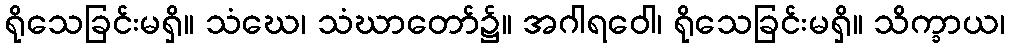
ရိုသေခြင်းမရှိ။ သံဃေ၊ သံဃာတော်၌။ အဂါရဝေါ၊ ရိုသေခြင်းမရှိ။ သိက္ခာယ၊